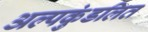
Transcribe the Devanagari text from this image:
अल्पकुंडलित